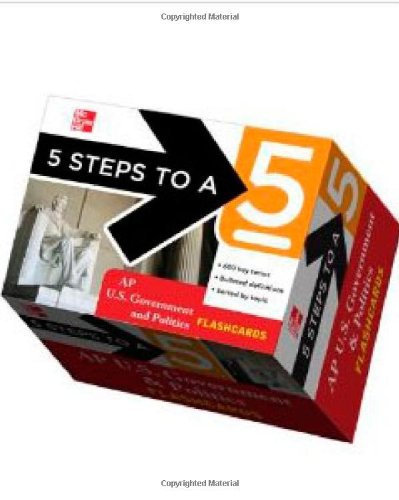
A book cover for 5 Steps to a 5 AP U.S. Government and Politics Flashcards (5 Steps to a 5 on the Advanced Placement Examinations Series); Pamela Lamb; Test Preparation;